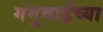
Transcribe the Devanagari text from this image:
गंगूबाईच्या